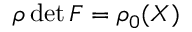
\rho \, \mathrm { d e t \, } \boldsymbol F = \rho _ { 0 } ( \boldsymbol X )